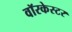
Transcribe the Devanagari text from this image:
वॉरकेस्टर